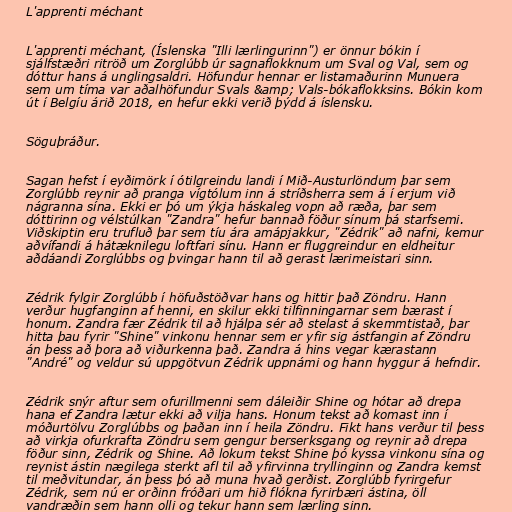
L'apprenti méchant

L'apprenti méchant, (Íslenska "Illi lærlingurinn") er önnur bókin í
sjálfstæðri ritröð um Zorglúbb úr sagnaflokknum um Sval og Val, sem og
dóttur hans á unglingsaldri. Höfundur hennar er listamaðurinn Munuera
sem um tíma var aðalhöfundur Svals &amp; Vals-bókaflokksins. Bókin kom
út í Belgíu árið 2018, en hefur ekki verið þýdd á íslensku.

Söguþráður.

Sagan hefst í eyðimörk í ótilgreindu landi í Mið-Austurlöndum þar sem
Zorglúbb reynir að pranga vígtólum inn á stríðsherra sem á í erjum við
nágranna sína. Ekki er þó um ýkja háskaleg vopn að ræða, þar sem
dóttirinn og vélstúlkan "Zandra" hefur bannað föður sínum þá starfsemi.
Viðskiptin eru trufluð þar sem tíu ára amápjakkur, "Zédrik" að nafni, kemur
aðvífandi á hátæknilegu loftfari sínu. Hann er fluggreindur en eldheitur
aðdáandi Zorglúbbs og þvingar hann til að gerast lærimeistari sinn.

Zédrik fylgir Zorglúbb í höfuðstöðvar hans og hittir það Zöndru. Hann
verður hugfanginn af henni, en skilur ekki tilfinningarnar sem bærast í
honum. Zandra fær Zédrik til að hjálpa sér að stelast á skemmtistað, þar
hitta þau fyrir "Shine" vinkonu hennar sem er yfir sig ástfangin af Zöndru
án þess að þora að viðurkenna það. Zandra á hins vegar kærastann
"André" og veldur sú uppgötvun Zédrik uppnámi og hann hyggur á hefndir.

Zédrik snýr aftur sem ofurillmenni sem dáleiðir Shine og hótar að drepa
hana ef Zandra lætur ekki að vilja hans. Honum tekst að komast inn í
móðurtölvu Zorglúbbs og þaðan inn í heila Zöndru. Fikt hans verður til þess
að virkja ofurkrafta Zöndru sem gengur berserksgang og reynir að drepa
föður sinn, Zédrik og Shine. Að lokum tekst Shine þó kyssa vinkonu sína og
reynist ástin nægilega sterkt afl til að yfirvinna tryllinginn og Zandra kemst
til meðvitundar, án þess þó að muna hvað gerðist. Zorglúbb fyrirgefur
Zédrik, sem nú er orðinn fróðari um hið flókna fyrirbæri ástina, öll
vandræðin sem hann olli og tekur hann sem lærling sinn.